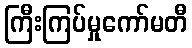
ကြီးကြပ်မှုကော်မတီ